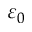
\varepsilon _ { 0 }